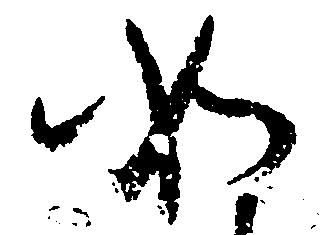
如